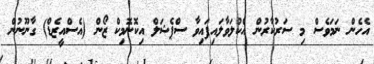
އެހެން ނަމަވެސް މި ސަރުކާރުން އެކުލަވާލައިފައިވާ ސްޕެޝަލް އިކޮނޮމިކް ޒޯން (އެސްއީޒެޑް) ގާނޫނުން